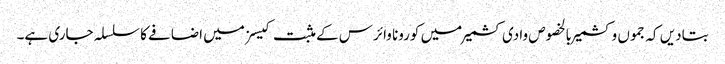
بتادیں کہ جموں وکشمیر بالخصوص وادی کشمیر میں کورونا وائرس کے مثبت کیسز میں اضافے کا سلسلہ جاری ہے۔